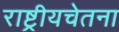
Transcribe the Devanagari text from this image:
राष्ट्रीयचेतना